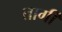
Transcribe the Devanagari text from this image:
तार्गी